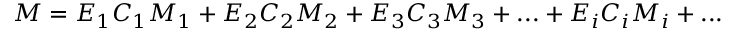
\begin{array} { r } { M = E _ { 1 } C _ { 1 } M _ { 1 } + E _ { 2 } C _ { 2 } M _ { 2 } + E _ { 3 } C _ { 3 } M _ { 3 } + . . . + E _ { i } C _ { i } M _ { i } + . . . } \end{array}